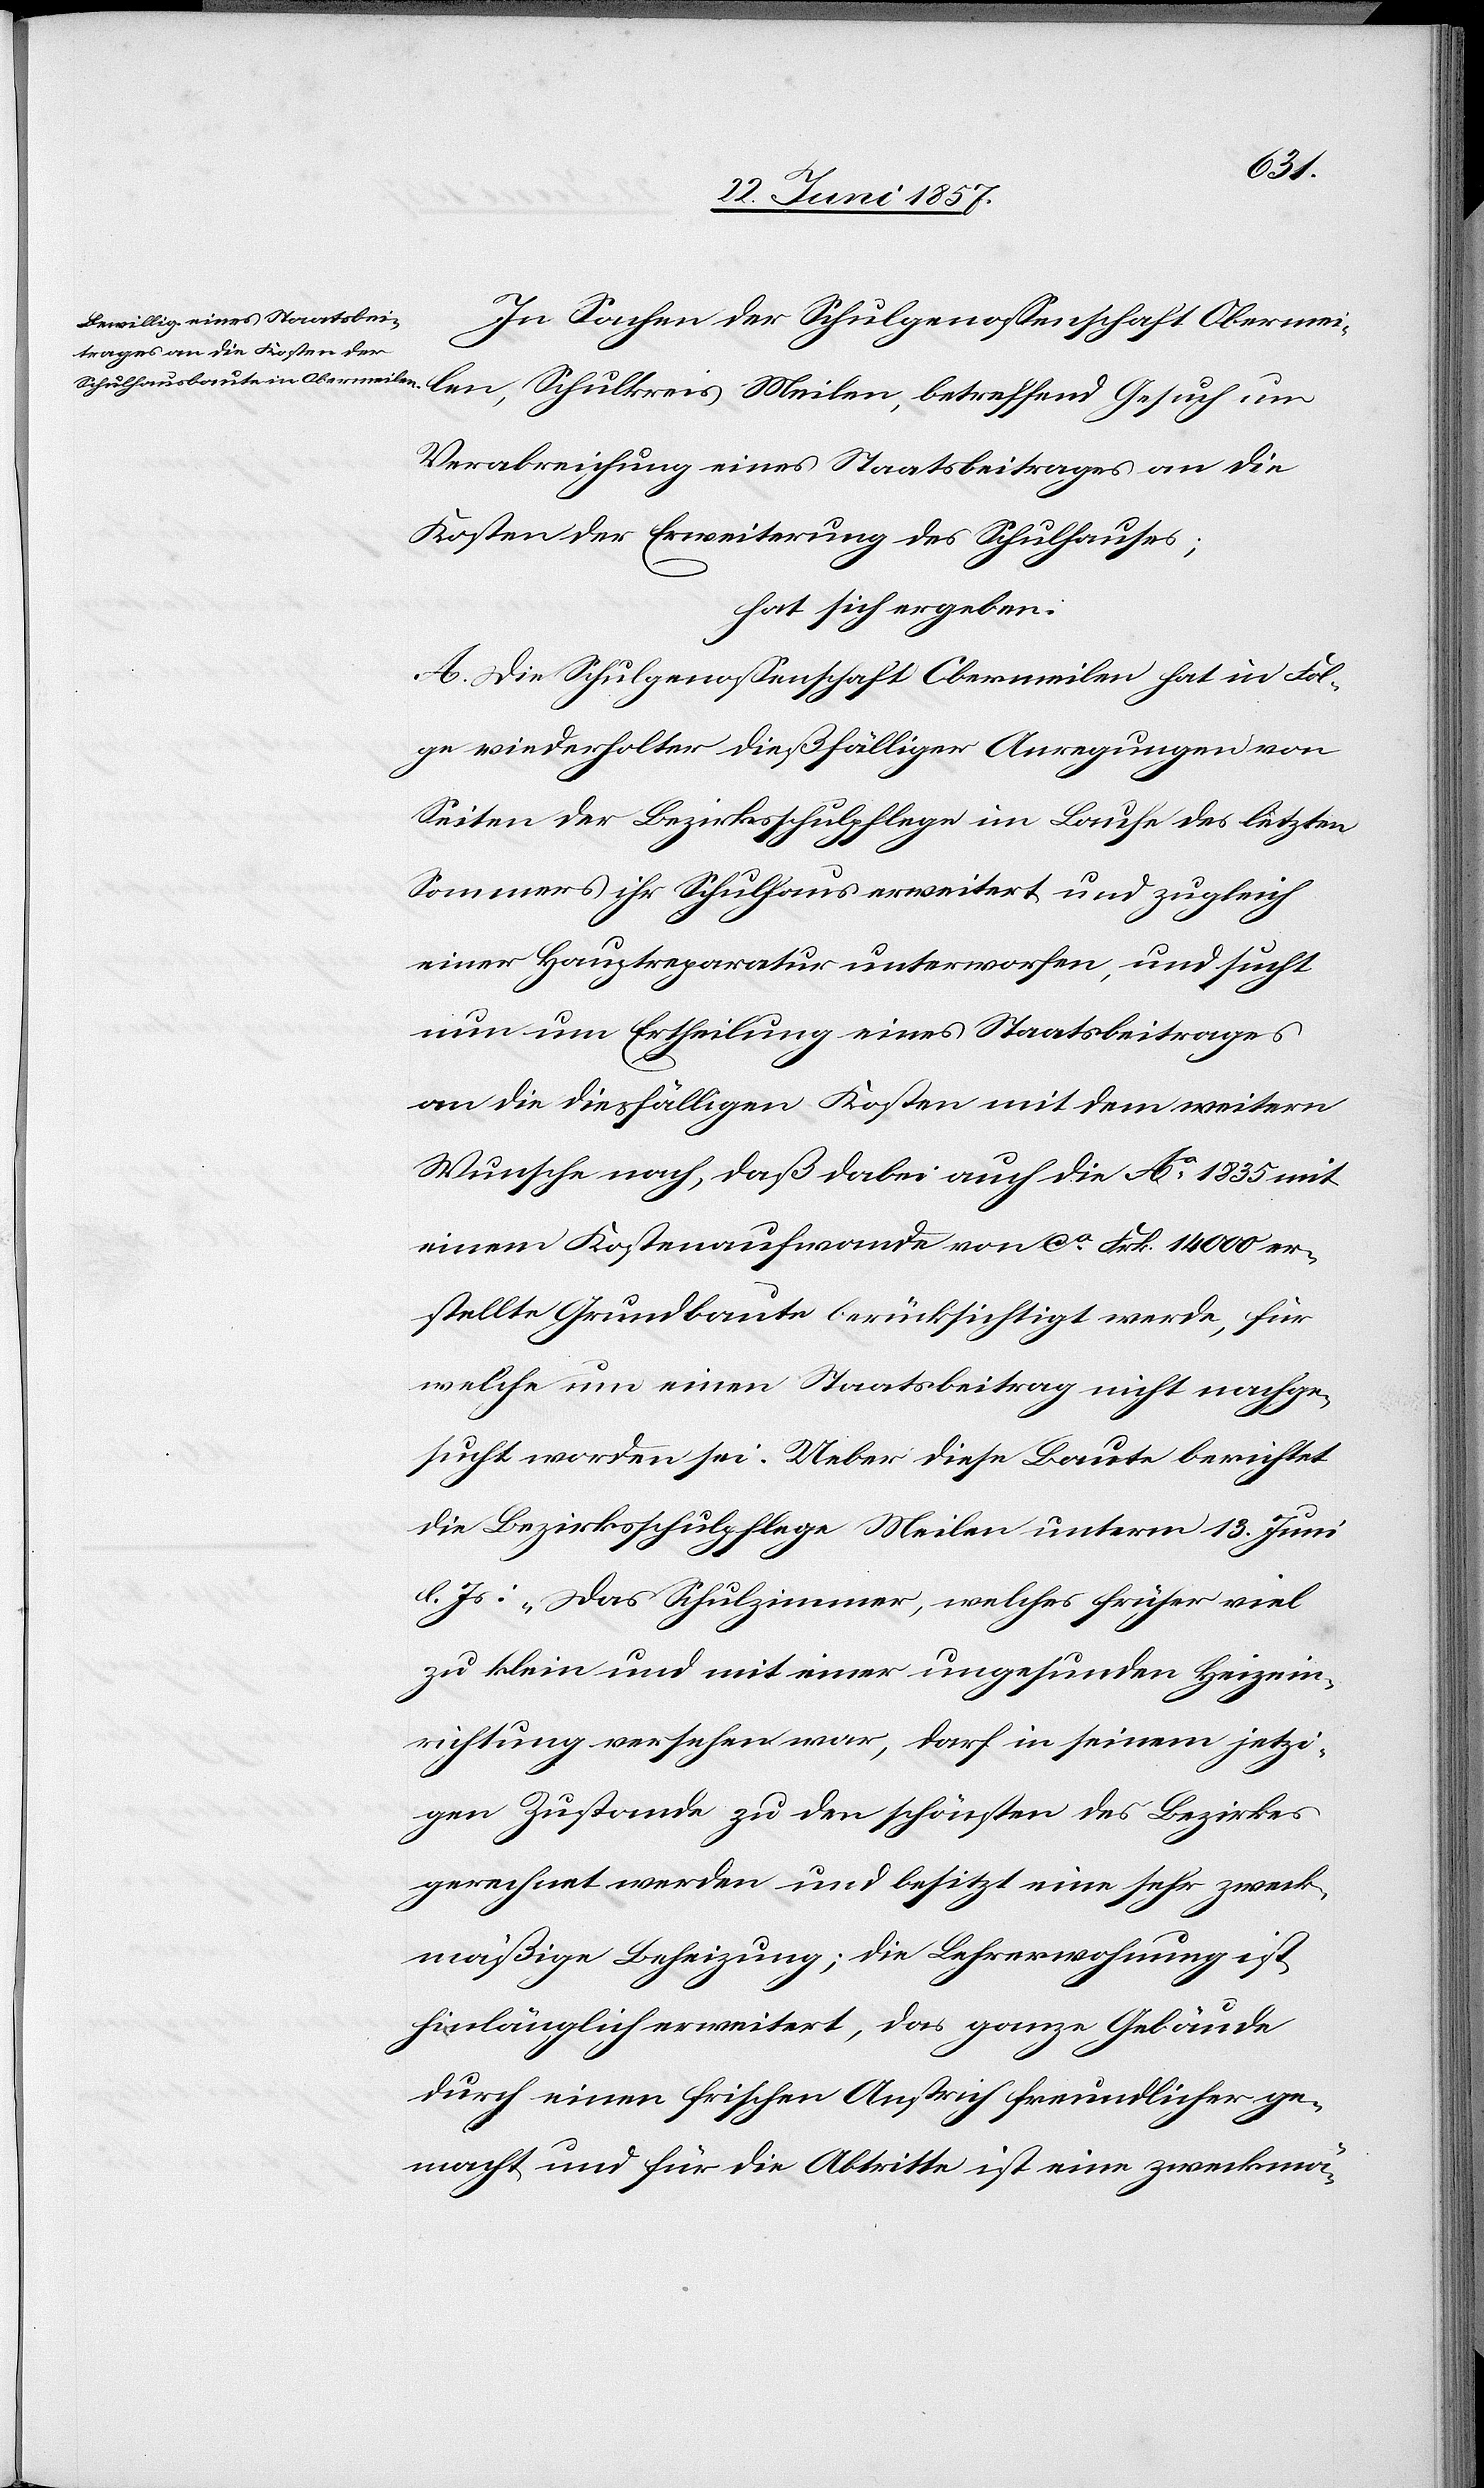
Meilen,
In Sachen der Schulgenossenschaft Obermei¬
Verabreichung eines Staatsbeitrages an die
Kosten der Erweiterung des Schulhauses;
hat sich ergeben:
A. Die Schulgenossenschaft Obermeilen hat in Fol¬
ge wiederholter dießfälliger Anregungen von
Seiten der Bezirksschulpflege im Laufe des letzten
Sommers ihr Schulhaus erweitert und zugleich
einer Hauptreparatur unterworfen, und sucht
nun um Ertheilung eines Staatsbeitrages
an die diesfäligen Kosten mit dem weitern
Wunsche nach, daß dabei auch die No 1835 mit
einem Kostenaufwande von ca Frk. 14 000 er¬
stellte Grundbaute berücksichtigt werde, für
welche um einen Staatsbeitrag nicht nachge¬
sucht worden sei. Ueber diese Baute berichtet
die Bezirksschulpflege Meilen unterm 13 Juni
l. Js.: „Das Schulzimmer, welches früher viel
zu klein und mit einer ungesunden Heizein¬
richtung versehen war, darf in seinem jetzi¬
gen Zustande zu den schönsten des Bezirkes
gerechnet werden und besitzt eine sehr zweck¬
mäßige Beheizung; die Lehrerwohnung ist
hinlänglich erweitert, das ganze Gebäude
durch einen frischen Anstrich freundlicher ge¬
macht und für die Abtritte ist eine zweckmä-